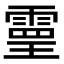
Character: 𩄇